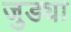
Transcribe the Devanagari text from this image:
जुड्या